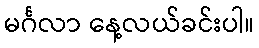
မင်္ဂလာ နေ့လယ်ခင်းပါ။